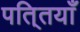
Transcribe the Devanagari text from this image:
पति्तयाँ